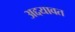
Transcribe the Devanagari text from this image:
अद्दयावत